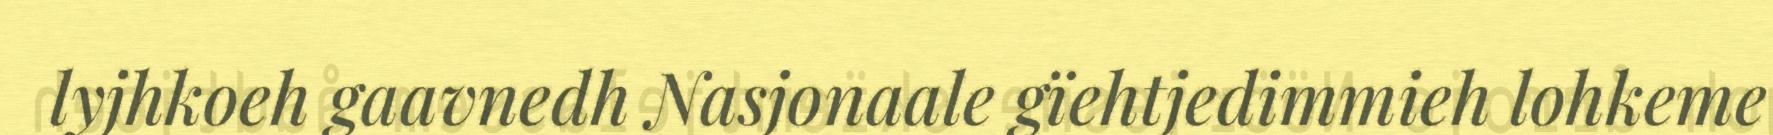
lyjhkoeh gaavnedh Nasjonaale gïehtjedimmieh lohkeme